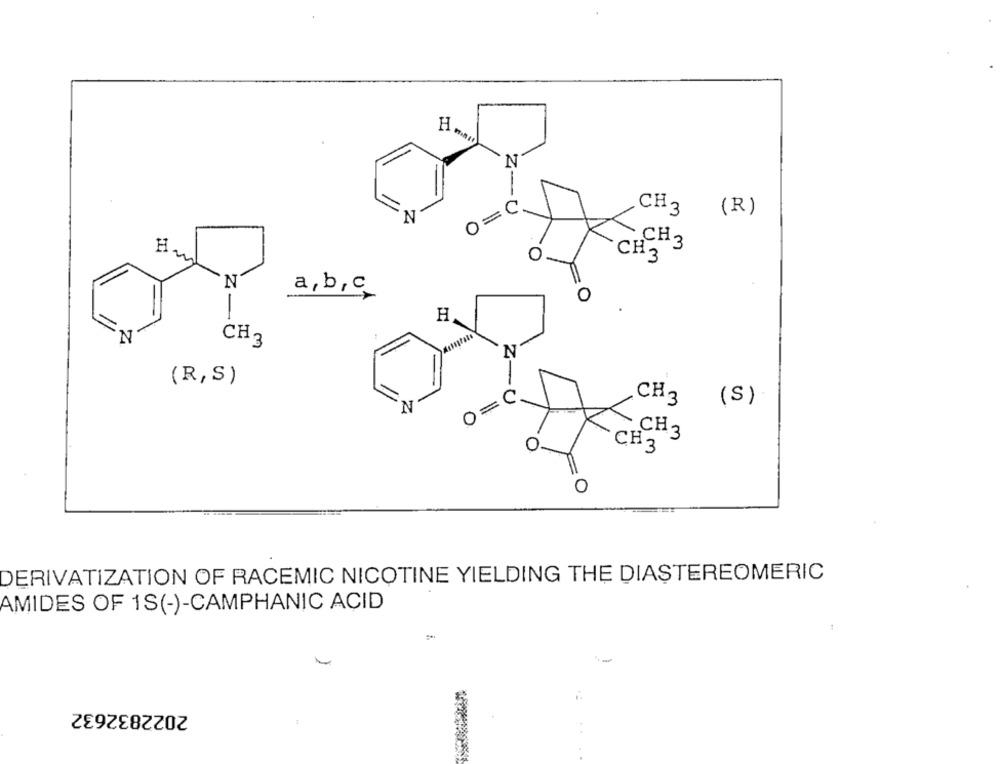
Z-
-
C
O=
CH3 (R)
N
CH3
CH3
a, b, c
0
2-
H
CH 3
N
(R,S)
.C
=
CH3 (S)
N
0
CH3
CH3
DERIVATIZATION OF RACEMIC NICOTINE YIELDING THE DIASTEREOMERIC
AMIDES OF 1S(-)-CAMPHANIC ACID
-
2022832632